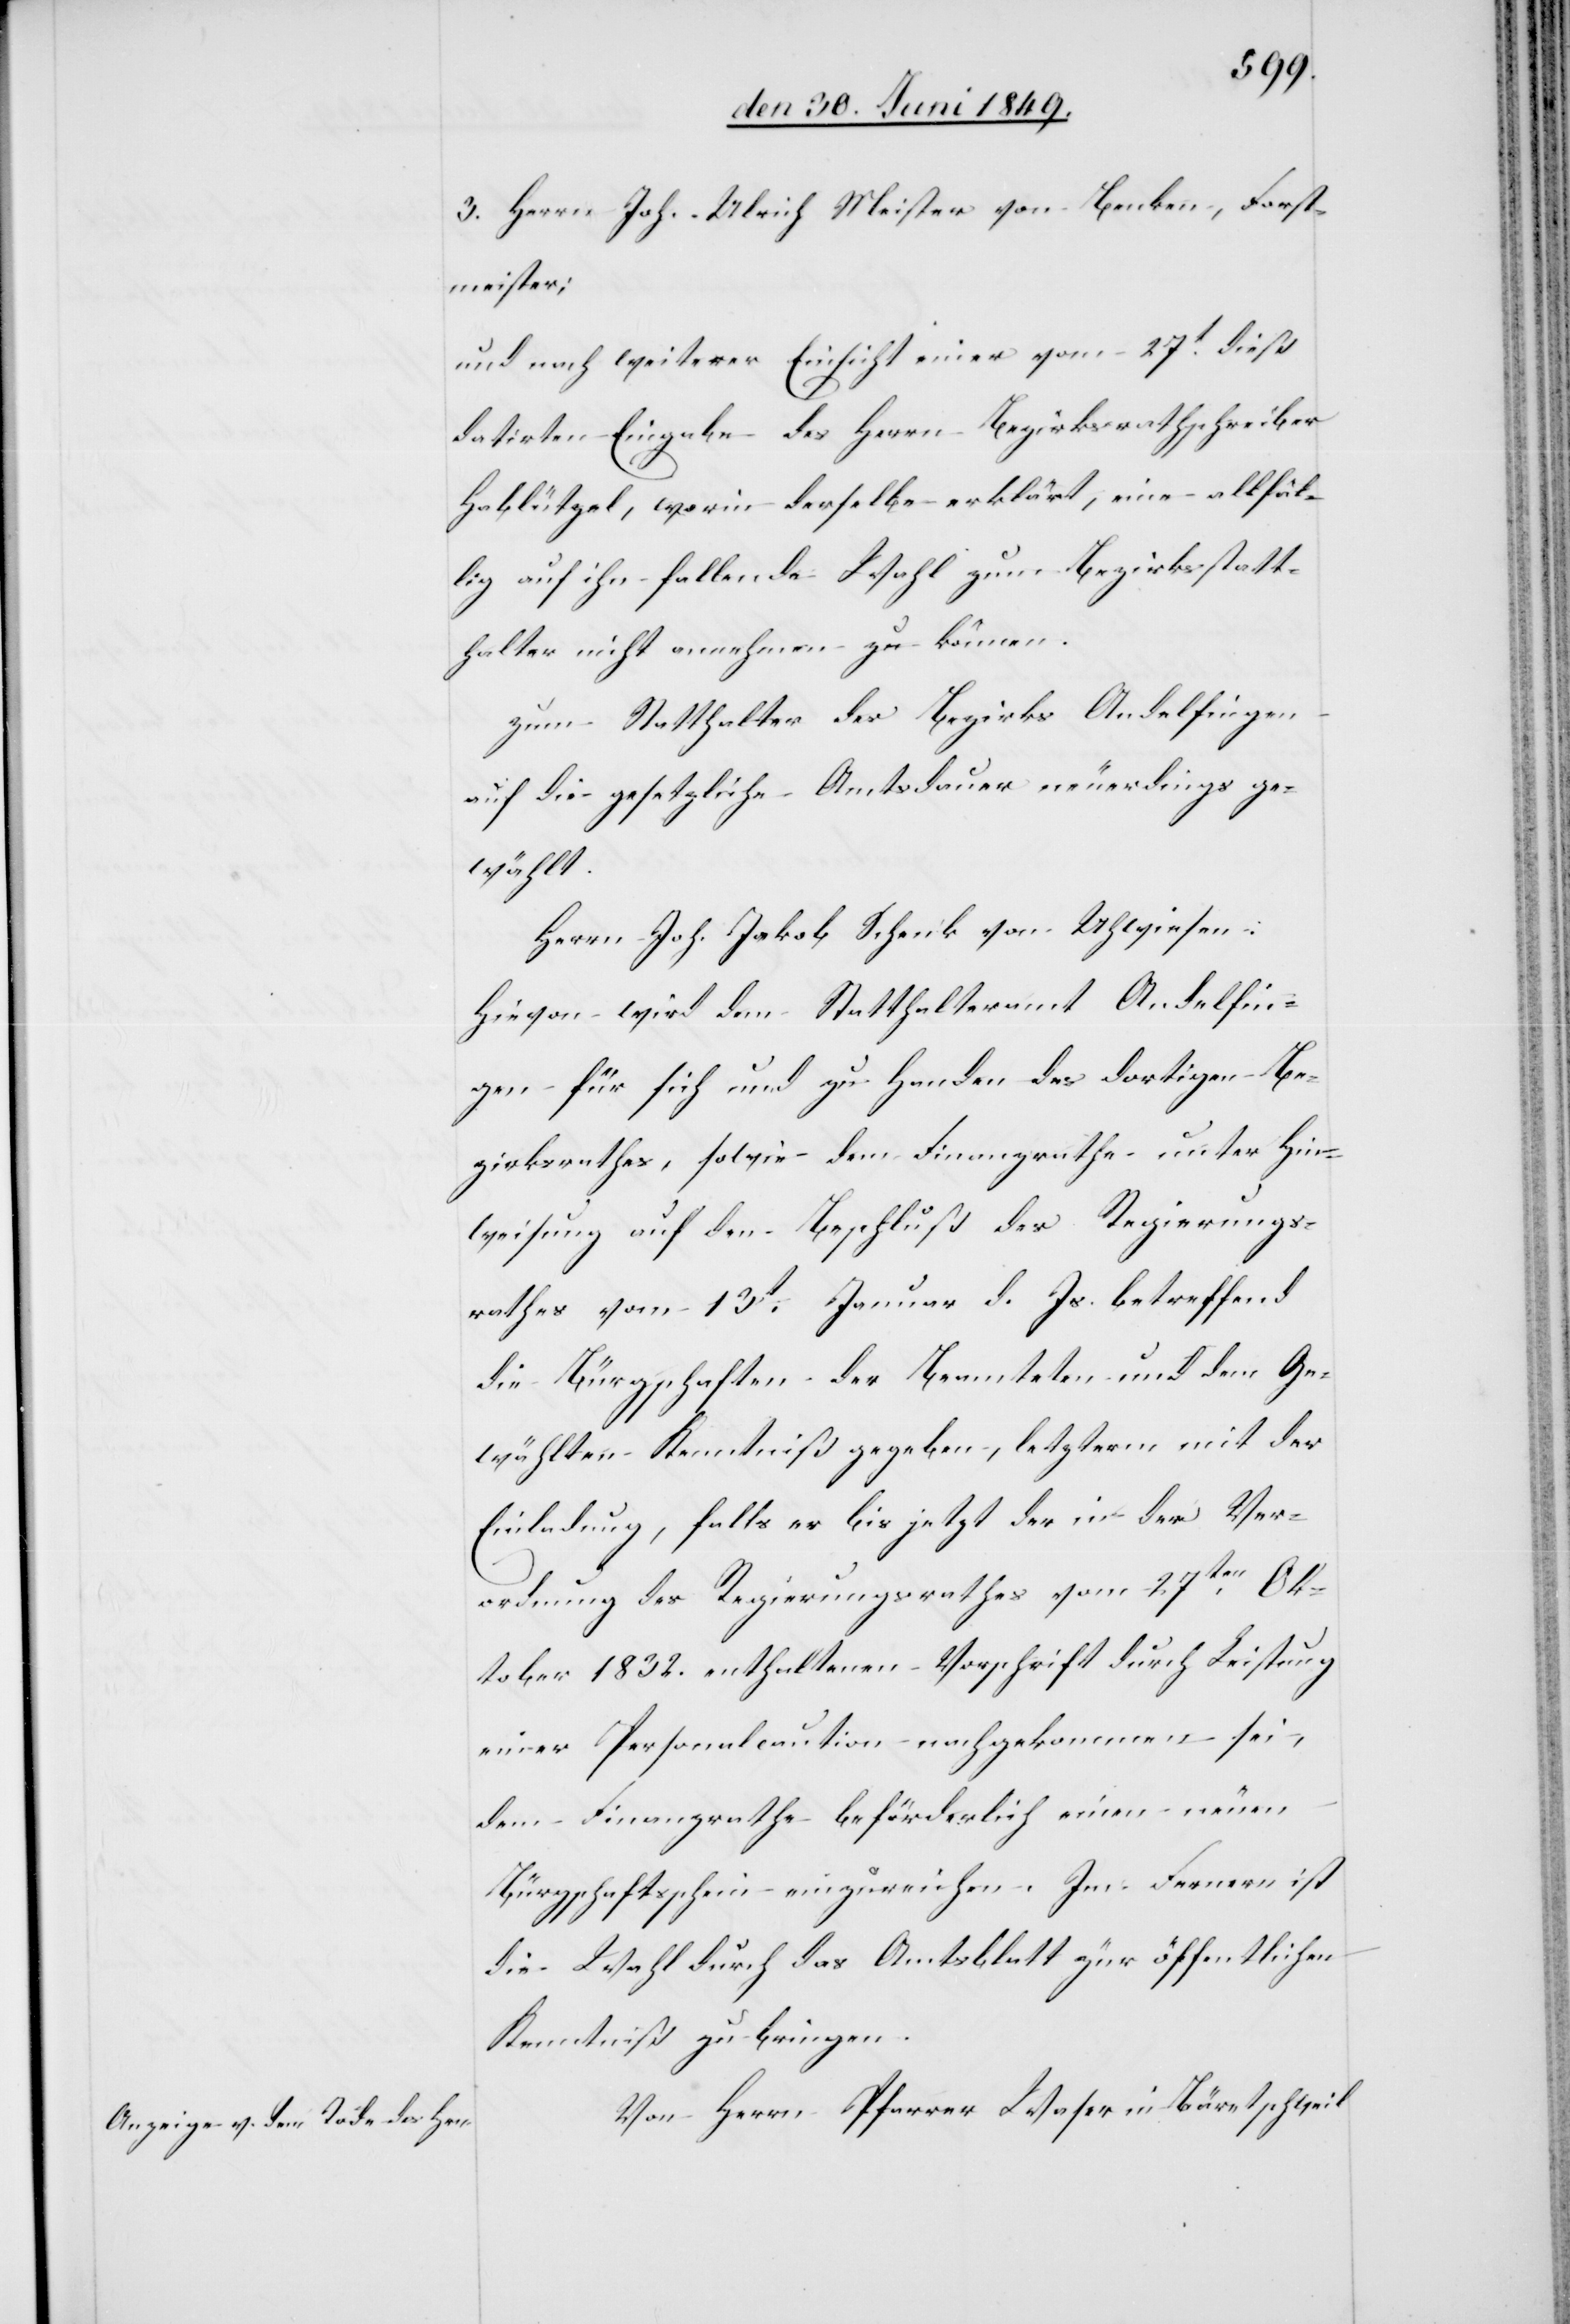
3. Herrn Joh. Ulrich Meister von Benken, Forst¬
meister;
und nach weiterer Einsicht einer vom 27t dieß
datirten Eingabe des Herrn Bezirksrathschreiber
Hablützel, worin derselbe erklärt, eine allfäl¬
lig auf ihn fallende Wahl zum Bezirksstatt¬
halter nicht annehmen zu können.
Zum Statthalter der Bezirks Andelfingen
auf die gesetzliche Amtsdauer neuerdings ge¬
wählt.
Herrn Joh. Jakob Schenk von Uhwiesen:
Hievon wird dem Statthalteramt Andelfin¬
gen für sich und zu Handen des dortigen Be¬
zirksrathes, sowie dem Finanzrathe unter Hin¬
weisung auf den Beschluß des Regierungs¬
rathes vom 13t Januar d. Js. betreffend
die Bürgschaften der Beamteten und dem Ge¬
wählten Kenntniß gegeben, letzterm mit der
Einladung, falls er bis jetzt der in der Ver¬
ordnung des Regierungsrathes vom 27ten Ok¬
tober 1832. enthaltenen Vorschrift durch Leistung
einer Personalcaution nachgekommen sei,
dem Finanzrathe beförderlich einen neuen
Bürgschaftsschein einzureichen. Im Fernern ist
die Wahl durch das Amtsblatt zur öffentlichen
Kenntniß zu bringen.
Von Herrn Pfarrer Waser in Bäretschweil